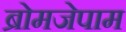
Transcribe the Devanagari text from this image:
ब्रोमजेपाम